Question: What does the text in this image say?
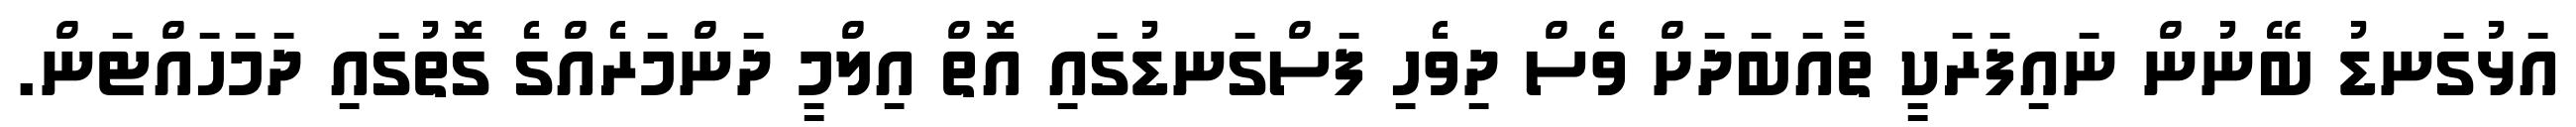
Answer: އަޅުގަނޑު ބޭނުން ނައިފަރަކީ ތާއަބަދަށް ވެސް ދިވެހި ފަސްގަނޑުގައި އޮތް އިލްމީ ދަންމަރެއްގެ ގޮތުގައި ދަމަހައްޓަން.